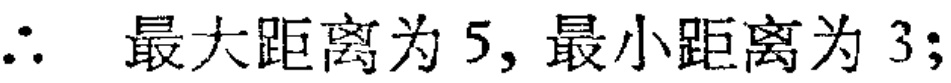
$\therefore$ 最大距离为 $5,$ 最小距离为 $3;$